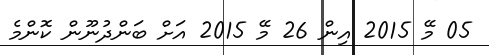
05 މޭ 2015 އިން 26 މޭ 2015 އަށް ބަންދުނޫން ކޮންމެ